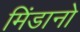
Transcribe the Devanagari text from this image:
मिंडानो